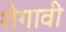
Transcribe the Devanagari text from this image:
शेगावी